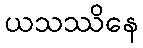
ယသဿိနေ